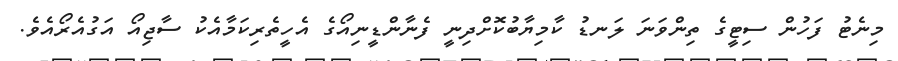
މިނެޓު ފަހުން ސިޓީގެ ތިންވަނަ ލަނޑު ކާމިޔާބުކޮށްދިނީ ފެނާންޑީނިއޯގެ އެހީތެރިކަމާއެކު ސާޖިއޯ އަގުއެރޯއެވެ.